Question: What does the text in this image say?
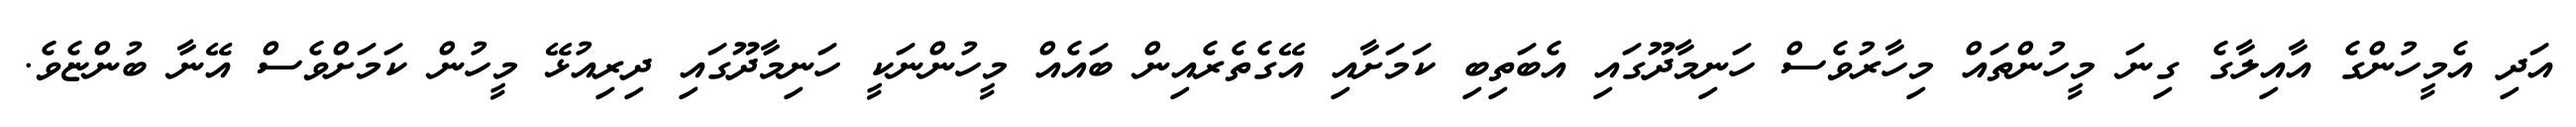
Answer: އަދި އެމީހުންގެ އާއިލާގެ ގިނަ މީހުންތައް މިހާރުވެސް ހަނިމާދޫގައި އެބަތިބި ކަމަށާއި އޭގެތެރެއިން ބައެއް މީހުންނަކީ ހަނިމާދޫގައި ދިރިއުޅޭ މީހުން ކަމަށްވެސް އޭނާ ބުންޏެވެ.